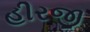
હીરજી